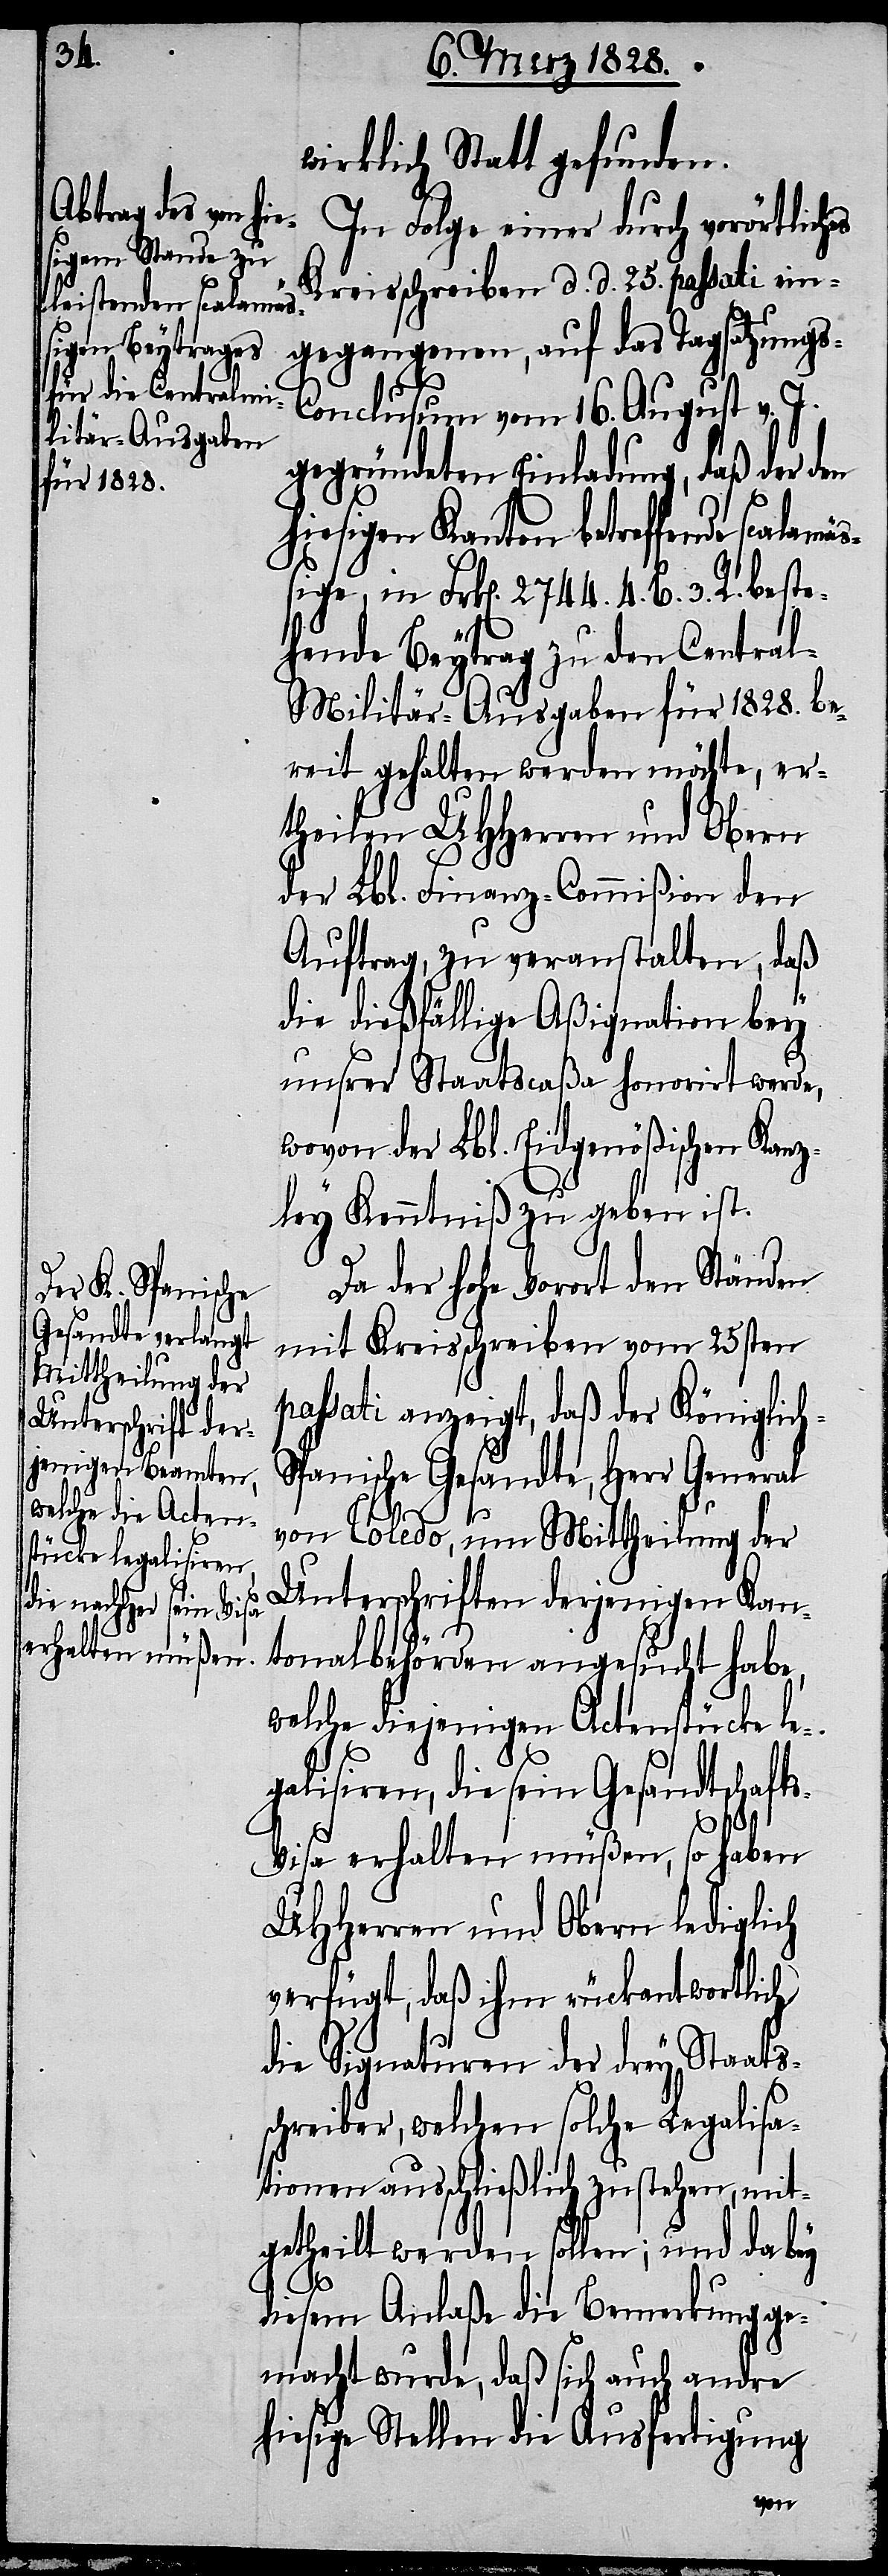
wirklich Statt gefunden.
In Folge einer durch vorörtliches
s-Conclusum vom 16. August v. J.
gegründeten Einladung, daß der den
hiesigen Kanton betreffende scalamä¬
ßige, in Frk[en]. 2744. 4. B. 3. R. beste¬
hende Beytrag zu den Centra¬
l-Militär-Ausgaben für 1828. be¬
reit gehalten werden möchte, er¬
theilen UHHerren und Obern
der Lbl. Finanz-Commißion den
Auftrag, zu veranstalten, daß
die dießfällige Aßignation bey
unsrer Staatscaßa honorirt werde,
wovon der Lbl. Eidgenößischen Kanz¬
ley Kenntniß zu geben ist.
Da der hohe Vorort den
mit Kreisschreiben vom 25sten
passati anzeigt, daß der Königlic¬
panische Gesandte, Herr
von Toledo, um Mittheilung der
Unterschriften derjenigen Kan¬
tonalbehörden angesucht habe,
welche diejenigen Actenstücke le¬
galisiren, die sein Gesandtschaft¬
Tagsatzung¬
s-Visa erhalten müßen, so haben
UHHerren und Obern lediglich
verfügt, daß ihm rückantwortlich
die Signaturen der drey Staats¬
schreiber, welchen solche Legalisa¬
tionen ausschließlich zustehen, mit¬
getheilt werden sollen; und da bey
diesem Anlaße die Bemerkung ge¬
macht wurde, daß sich auch andre
hiesige Stellen die Ausfertigung
h-S¬